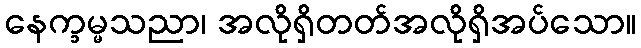
နေက္ခမ္မသညာ၊ အလိုရှိတတ်အလိုရှိအပ်သော။